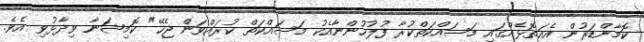
ކޮމާންޑަރުން އެއަތޮޅެއްގައި މަސައްކަތްކުރާ ފުލުހުންނާއެކު މަސައްކަތް ކުރައްވަން ޖެހޭ" ކޮމިޝަނާ ވިދާޅުވި އެވެ.